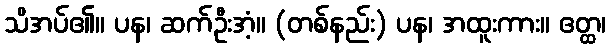
သိအပ်၏။ ပန၊ ဆက်ဦးအံ့။ (တစ်နည်း) ပန၊ အထူးကား။ ဧတ္ထ၊